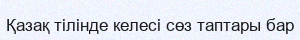
Қазақ тілінде келесі сөз таптары бар